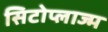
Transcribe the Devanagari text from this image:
सिटोप्लाज्म